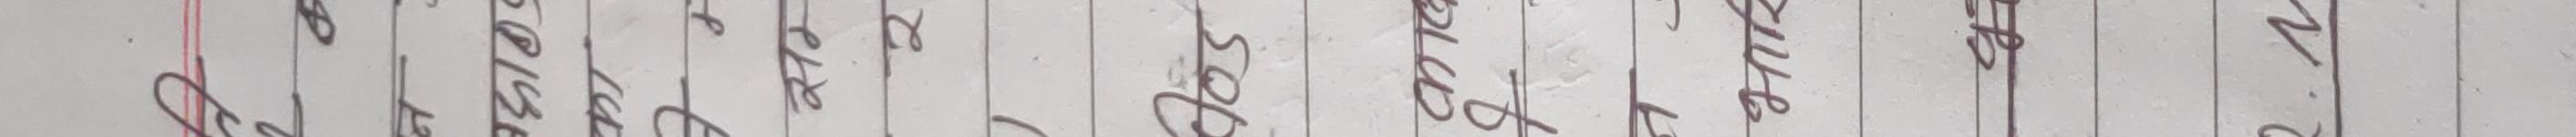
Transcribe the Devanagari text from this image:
पार्शव वि. ० सोदा